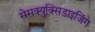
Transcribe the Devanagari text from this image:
सेसक्युक्सिडाइजिंग